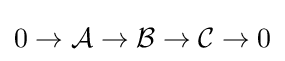
0\to {\mathcal {A}}\to {\mathcal {B}}\to {\mathcal {C}}\to 0